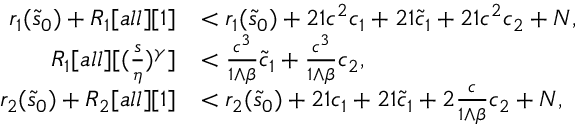
\begin{array} { r l } { r _ { 1 } ( \tilde { s } _ { 0 } ) + R _ { 1 } [ a l l ] [ 1 ] } & { < r _ { 1 } ( \tilde { s } _ { 0 } ) + 2 1 c ^ { 2 } c _ { 1 } + 2 1 \tilde { c } _ { 1 } + 2 1 c ^ { 2 } c _ { 2 } + N , } \\ { R _ { 1 } [ a l l ] [ ( \frac s \eta ) ^ { \gamma } ] } & { < \frac { c ^ { 3 } } { 1 \wedge \beta } \tilde { c } _ { 1 } + \frac { c ^ { 3 } } { 1 \wedge \beta } c _ { 2 } , } \\ { r _ { 2 } ( \tilde { s } _ { 0 } ) + R _ { 2 } [ a l l ] [ 1 ] } & { < r _ { 2 } ( \tilde { s } _ { 0 } ) + 2 1 c _ { 1 } + 2 1 \tilde { c } _ { 1 } + 2 \frac c { 1 \wedge \beta } c _ { 2 } + N , } \end{array}